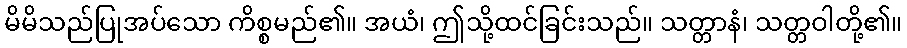
မိမိသည်ပြုအပ်သော ကိစ္စမည်၏။ အယံ၊ ဤသို့ထင်ခြင်းသည်။ သတ္တာနံ၊ သတ္တဝါတို့၏။